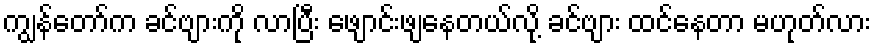
ကျွန်တော်က ခင်ဗျားကို လာပြီး ဖျောင်းဖျနေတယ်လို့ ခင်ဗျား ထင်နေတာ မဟုတ်လား